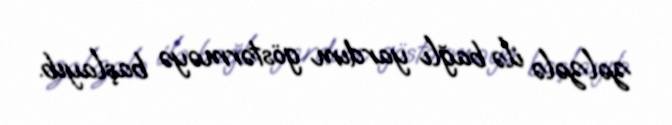
zəlzələ ilə bağlı yardım göstərməyə başlayıb.